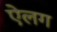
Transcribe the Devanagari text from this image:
ऐलग